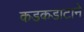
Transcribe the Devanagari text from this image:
कडकडाटाने